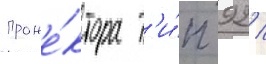
проже́ктора т'и́п 92 /